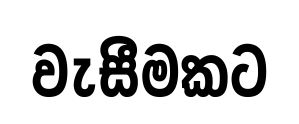
වැසීමකට